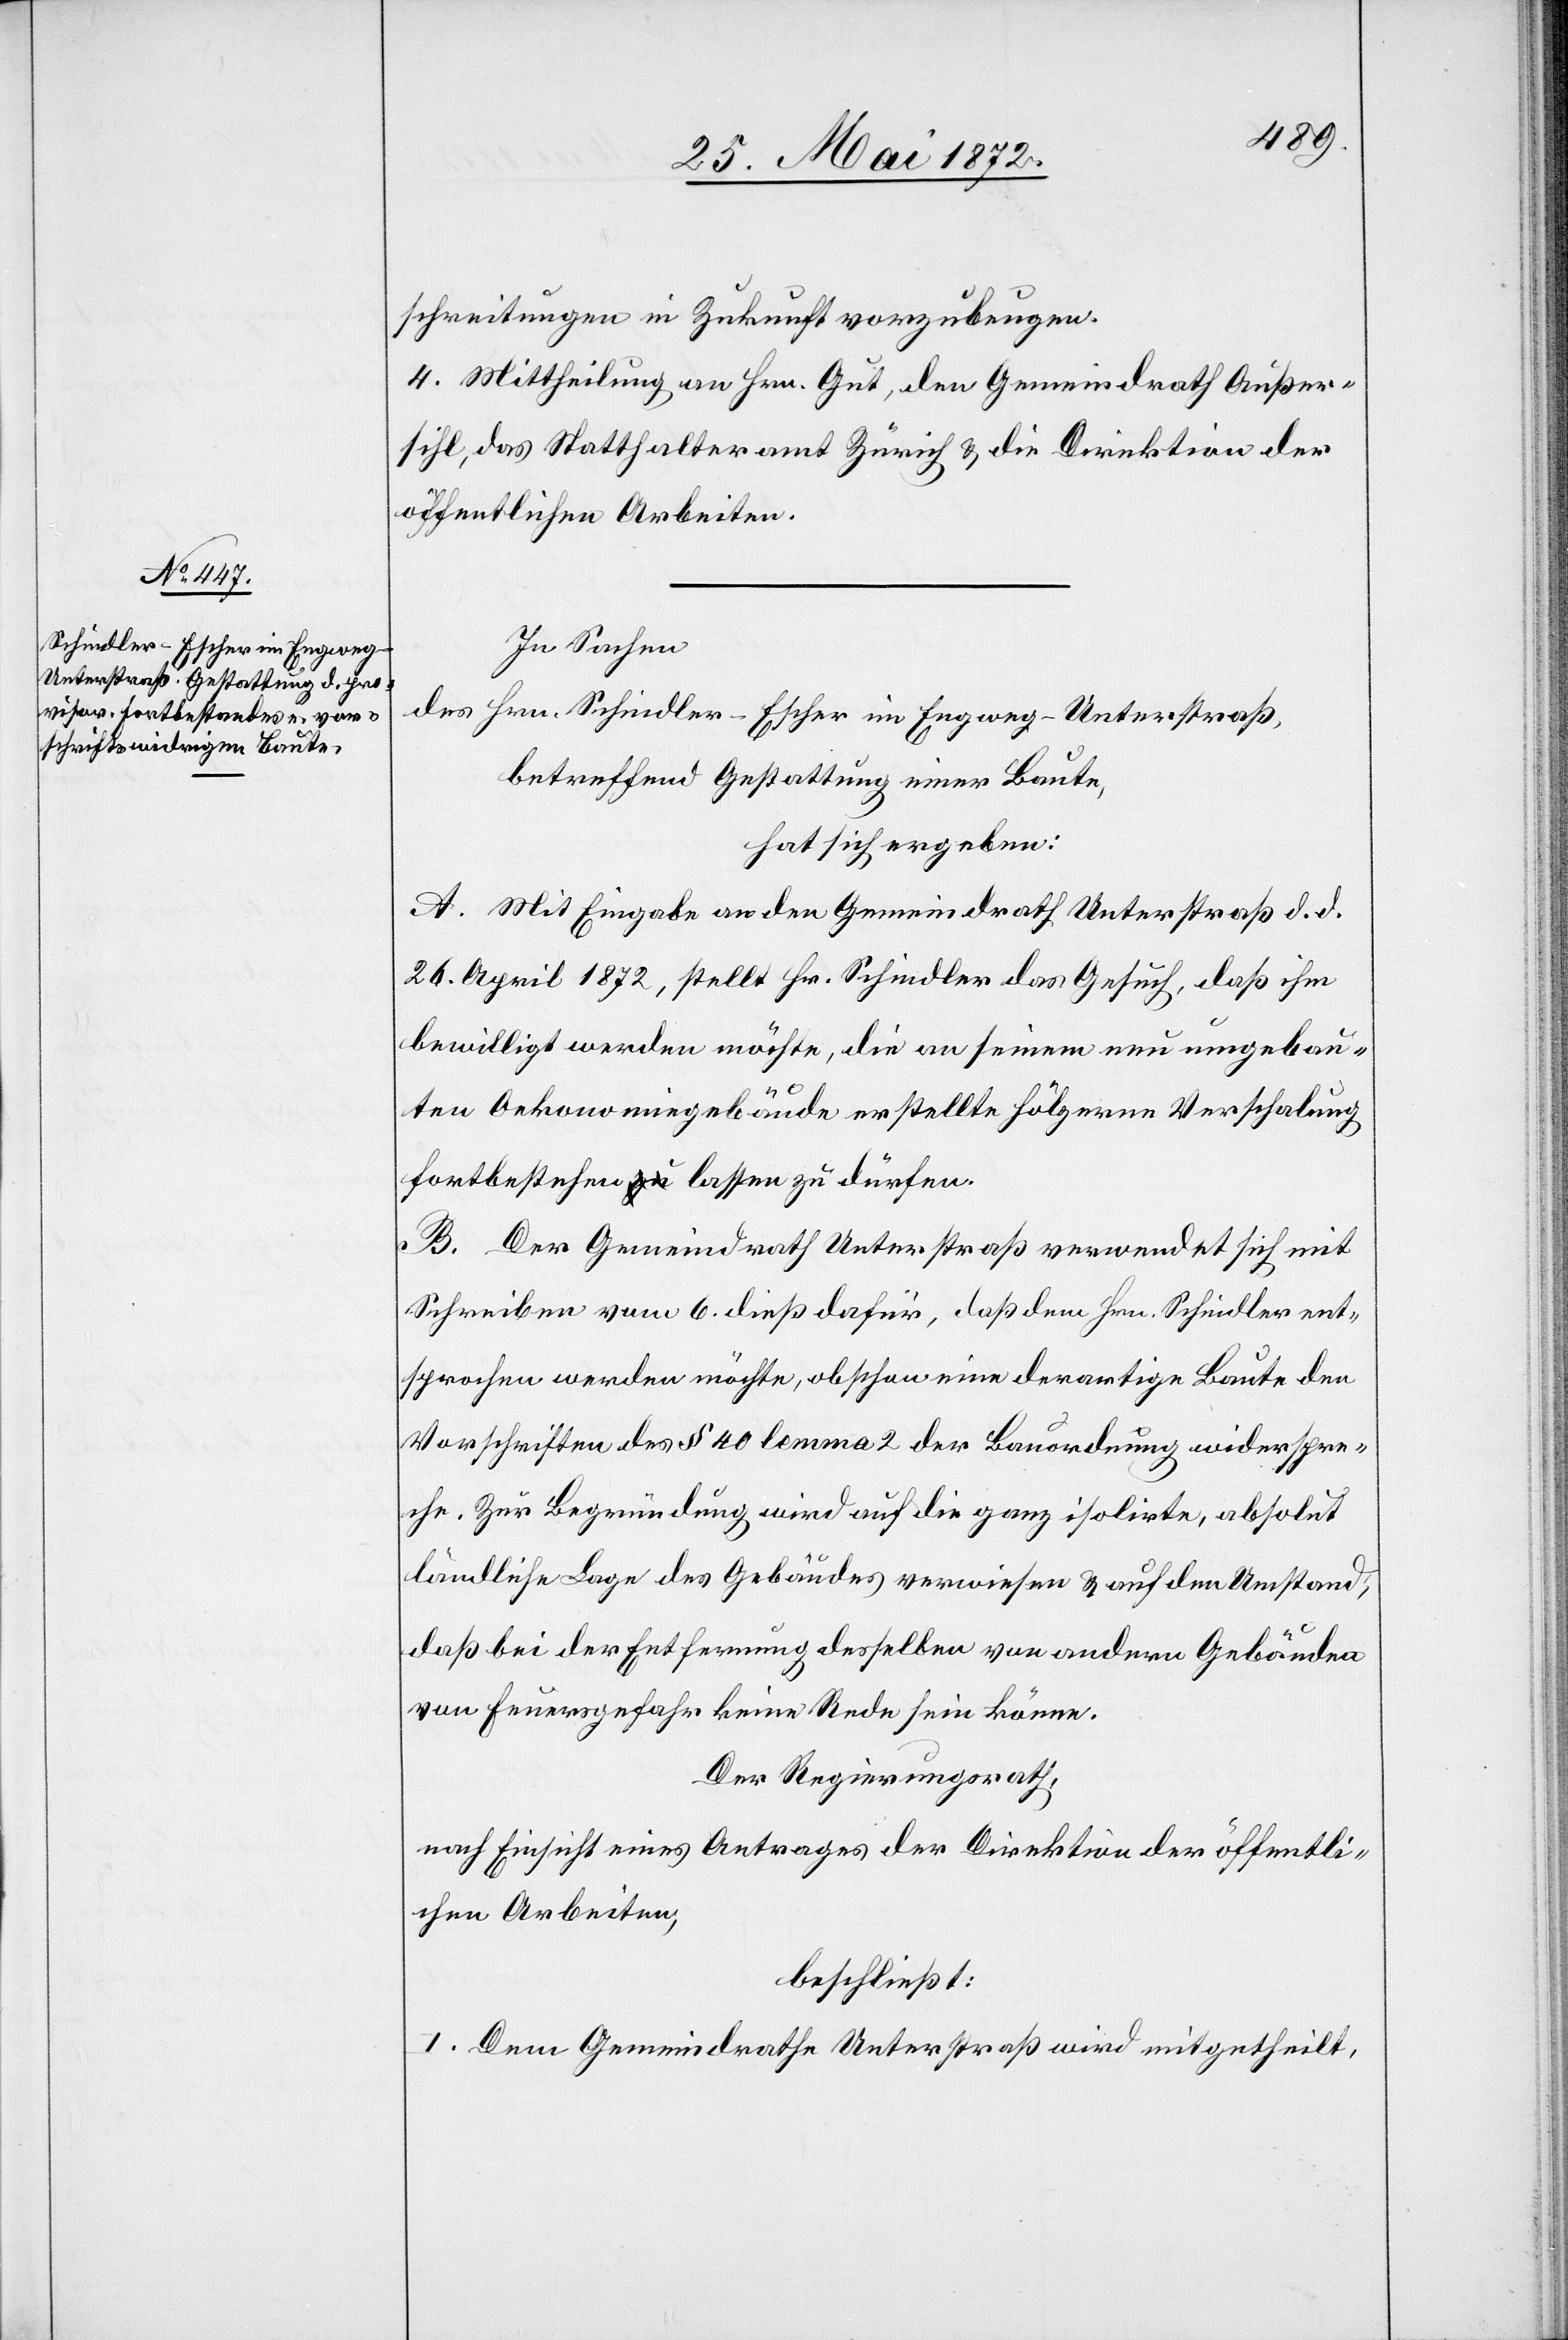
schreitungen in Zukunft vorzubeugen.
4. Mittheilung an Hrn. Gut, den Gemeindrath Außer¬
sihl, das Statthalteramt Zürich u. die Direktion der
öffentlichen Arbeiten.
In Sachen
des
Hrn. Schindler-Escher im Engweg - Unterstraß,
betreffend Gestattung einer Baute,
hat sich ergeben:
A. Mit Eingabe an den Gemeindrath Unterstraß d. d.
26. April 1872, stellt Hr. Schindler das Gesuch, daß ihm
bewilligt werden möchte, die an seinem neu umgebau¬
ten Oekonomiegebäude erstellte hölzerne Verschalung
fortbestehen lassen zu dürfen.
B. Der Gemeindrath Unterstraß verwendet sich mit
Schreiben vom 6. dieß dafür, daß dem Hrn. Schindler ent¬
sprochen werden möchte, obschon eine derartige Baute den
Vorschriften des § 40 lemma 2 der Bauordnung widerspre¬
che. Zur Begründung wird auf die ganz isolirte, absolut
ländliche Lage des Gebäudes verwiesen u. auf den Umstand,
daß bei der Entfernung desselben von andern Gebäuden
von Feuersgefahr keine Rede sein könne.
Der Regierungsrath,
nach Einsicht eines Antrages der Direktion der öffentli¬
chen Arbeiten,
beschließt:
I. Dem Gemeindrathe Unterstraß wird mitgetheilt,